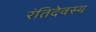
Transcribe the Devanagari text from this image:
रंतिदेवस्य